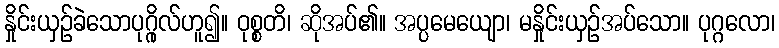
နှိုင်းယှဉ်ခဲသောပုဂ္ဂိုလ်ဟူ၍။ ဝုစ္စတိ၊ ဆိုအပ်၏။ အပ္ပမေယျော၊ မနှိုင်းယှဉ်အပ်သော။ ပုဂ္ဂလော၊